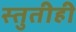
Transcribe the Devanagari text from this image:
स्तुतीही